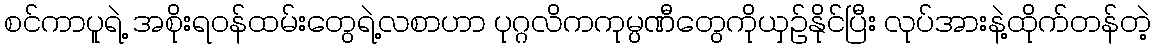
စင်ကာပူရဲ့ အစိုးရဝန်ထမ်းတွေရဲ့လစာဟာ ပုဂ္ဂလိကကုမ္ပဏီတွေကိုယှဉ်နိုင်ပြီး လုပ်အားနဲ့ထိုက်တန်တဲ့